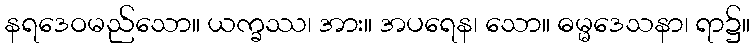
နရဒေဝမည်သော။ ယက္ခဿ၊ အား။ အပရေန၊ သော။ ဓမ္မဒေသနာ၊ ရာ၌။